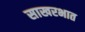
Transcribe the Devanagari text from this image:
साखरभात